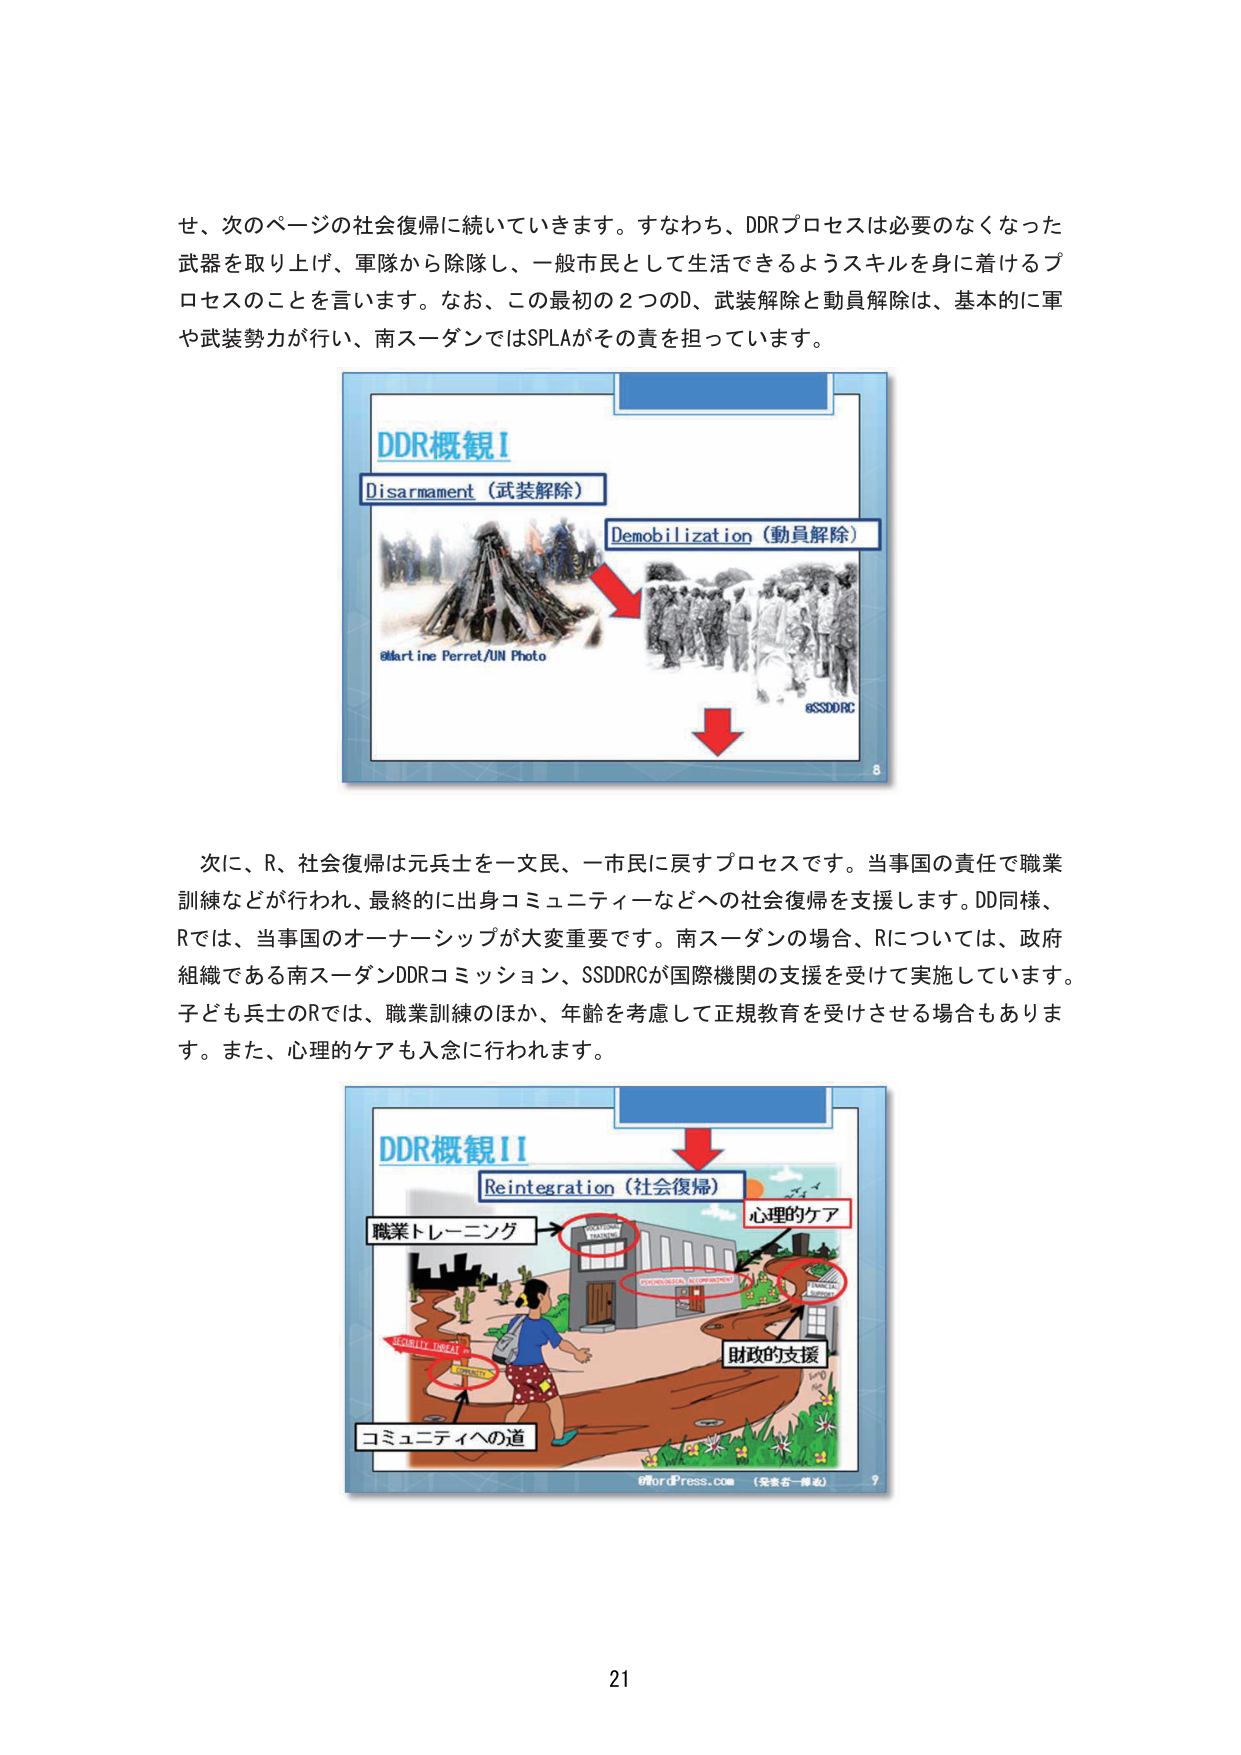
せ、次のページの社会復帰に続いていきます。すなわち、DDRプロセスは必要のなくなった武器を取り上げ、軍隊から除隊し、一般市民として生活できるようスキルを身に着けるプロセスのことを言います。なお、この最初の2つのD、武装解除と動員解除は、基本的に軍や武装勢力が行い、南スーダンではSPLAがその責を担っています。

DDR概観I
Disarmament（武装解除）
Demobilization（動員解除）
©Martine Perret/UN Photo
©SSDDRC
8

次に、R、社会復帰は元兵士を一文民、一市民に戻すプロセスです。当事国の責任で職業訓練などが行われ、最終的に出身コミュニティなどへの社会復帰を支援します。DD同様、Rでは、当事国のオーナーシップが大変重要です。南スーダンの場合、Rについては、政府組織である南スーダンDDRコミッション、SSDDRCが国際機関の支援を受けて実施しています。子ども兵士のRでは、職業訓練のほか、年齢を考慮して正規教育を受けさせる場合もあります。また、心理的ケアも入念に行われます。

DDR概観II
Reintegration（社会復帰）
職業トレーニング
心理的ケア
財政的支援
コミュニティへの道
©fordPress.com（発表者一柳氏）
9

21